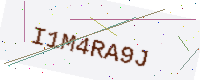
Text: I1M4RA9J